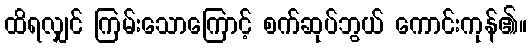
ထိရလျှင် ကြမ်းသောကြောင့် စက်ဆုပ်ဘွယ် ကောင်းကုန်၏။